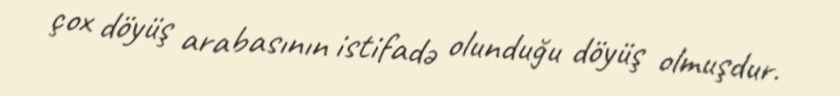
çox döyüş arabasının istifadə olunduğu döyüş olmuşdur.